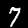
Label: 7